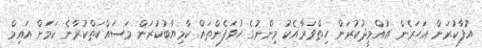
އުފާކުރަން އަހަރެން އުއްމީދުކުރަން ހިތްވަރާއެކު މިންނުގެ ހުވަފެންތައް ކާމިޔާބުކުރަން މަސައްކަތްކުރާނެ ކަމަށް އައިމް